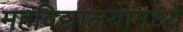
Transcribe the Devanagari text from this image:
महविद्यालयामध्ये